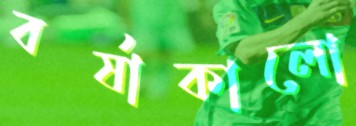
বর্ষাকালো